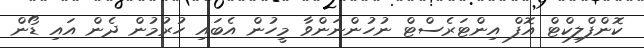
ކޮންފްލިކްޓް އޮފް އިންޓަރެސްޓް ނުހުންނަންވާ މީހުން އެބައި ހުރުމުން ދެން އައި ޑޯން